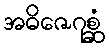
အဓိဇေဂုစ္ဆံ